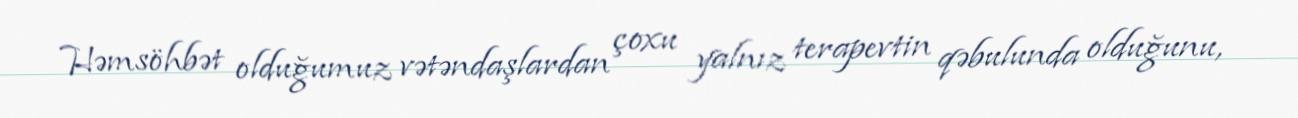
Həmsöhbət olduğumuz vətəndaşlardan çoxu yalnız terapevtin qəbulunda olduğunu,